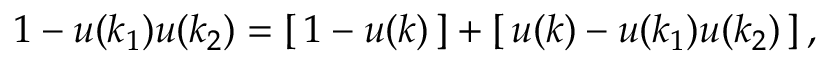
1 - u ( k _ { 1 } ) u ( k _ { 2 } ) = \left[ \, 1 - u ( k ) \, \right] + \left[ \, u ( k ) - u ( k _ { 1 } ) u ( k _ { 2 } ) \, \right] ,